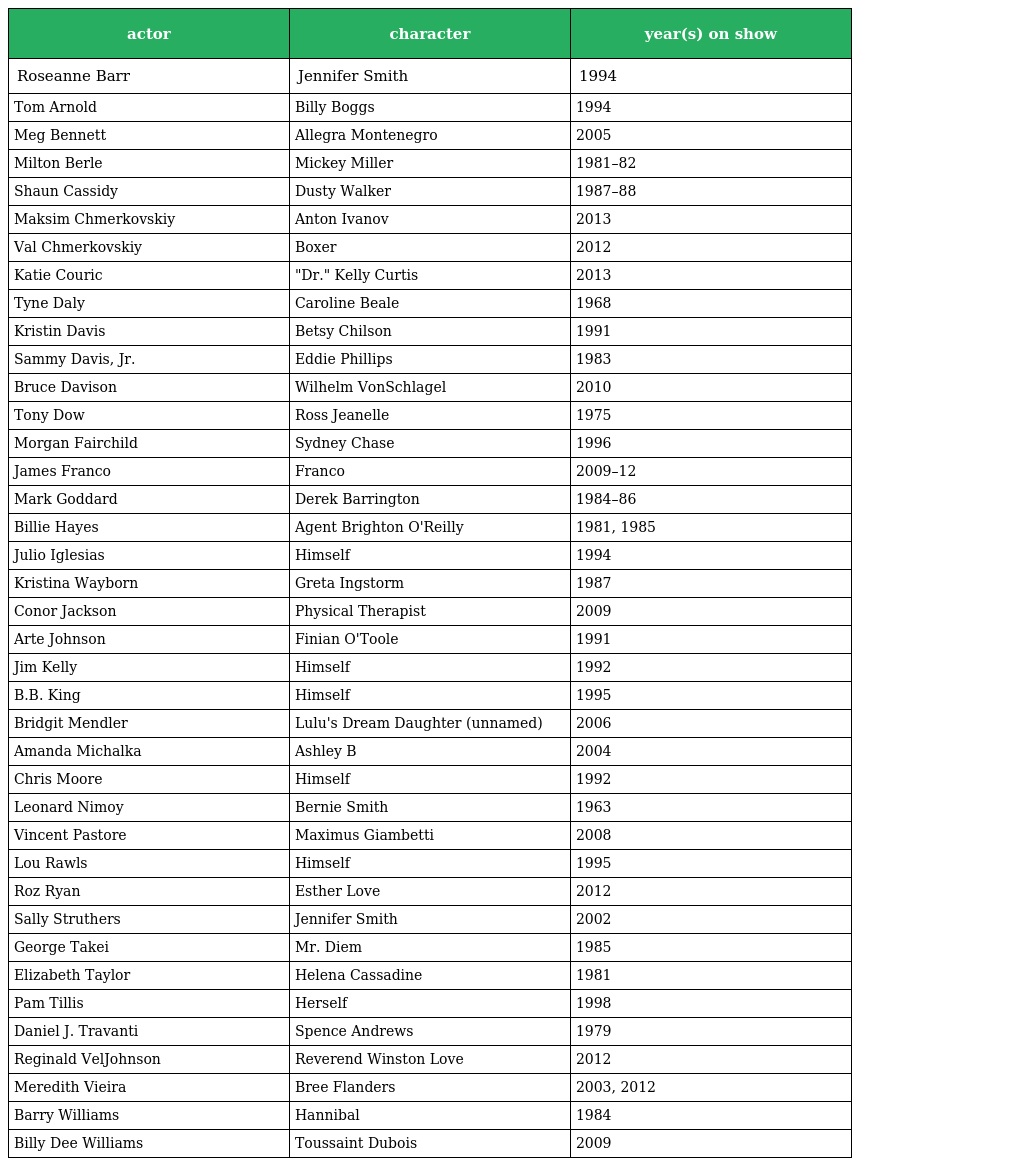
| actor | character | year(s) on show |
 | --- | --- | --- |
 | Roseanne Barr | Jennifer Smith | 1994 |
 | Tom Arnold | Billy Boggs | 1994 |
 | Meg Bennett | Allegra Montenegro | 2005 |
 | Milton Berle | Mickey Miller | 1981–82 |
 | Shaun Cassidy | Dusty Walker | 1987–88 |
 | Maksim Chmerkovskiy | Anton Ivanov | 2013 |
 | Val Chmerkovskiy | Boxer | 2012 |
 | Katie Couric | "Dr." Kelly Curtis | 2013 |
 | Tyne Daly | Caroline Beale | 1968 |
 | Kristin Davis | Betsy Chilson | 1991 |
 | Sammy Davis, Jr. | Eddie Phillips | 1983 |
 | Bruce Davison | Wilhelm VonSchlagel | 2010 |
 | Tony Dow | Ross Jeanelle | 1975 |
 | Morgan Fairchild | Sydney Chase | 1996 |
 | James Franco | Franco | 2009–12 |
 | Mark Goddard | Derek Barrington | 1984–86 |
 | Billie Hayes | Agent Brighton O'Reilly | 1981, 1985 |
 | Julio Iglesias | Himself | 1994 |
 | Kristina Wayborn | Greta Ingstorm | 1987 |
 | Conor Jackson | Physical Therapist | 2009 |
 | Arte Johnson | Finian O'Toole | 1991 |
 | Jim Kelly | Himself | 1992 |
 | B.B. King | Himself | 1995 |
 | Bridgit Mendler | Lulu's Dream Daughter (unnamed) | 2006 |
 | Amanda Michalka | Ashley B | 2004 |
 | Chris Moore | Himself | 1992 |
 | Leonard Nimoy | Bernie Smith | 1963 |
 | Vincent Pastore | Maximus Giambetti | 2008 |
 | Lou Rawls | Himself | 1995 |
 | Roz Ryan | Esther Love | 2012 |
 | Sally Struthers | Jennifer Smith | 2002 |
 | George Takei | Mr. Diem | 1985 |
 | Elizabeth Taylor | Helena Cassadine | 1981 |
 | Pam Tillis | Herself | 1998 |
 | Daniel J. Travanti | Spence Andrews | 1979 |
 | Reginald VelJohnson | Reverend Winston Love | 2012 |
 | Meredith Vieira | Bree Flanders | 2003, 2012 |
 | Barry Williams | Hannibal | 1984 |
 | Billy Dee Williams | Toussaint Dubois | 2009 |